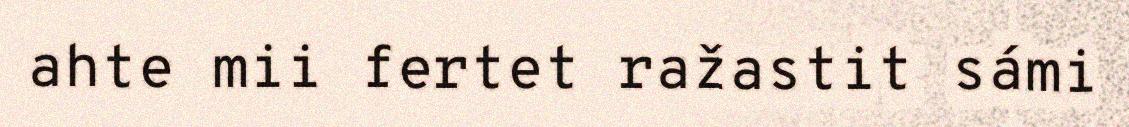
ahte mii fertet ražastit sámi